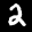
Label: 2